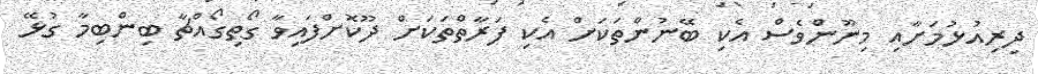
ދިރިއުޅުމަށާއި މިނޫންވެސް އެކި ބޭނުންތަކަށް އެކި ފަރާތްތަކަށް ދޫކޮށްފައިވާ ގޯތިގޯއްޗާ ބިންބިމާ ގުޅޭ